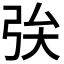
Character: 𢏓